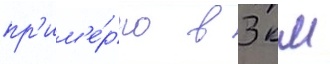
пр'им'е́рно в 3 км